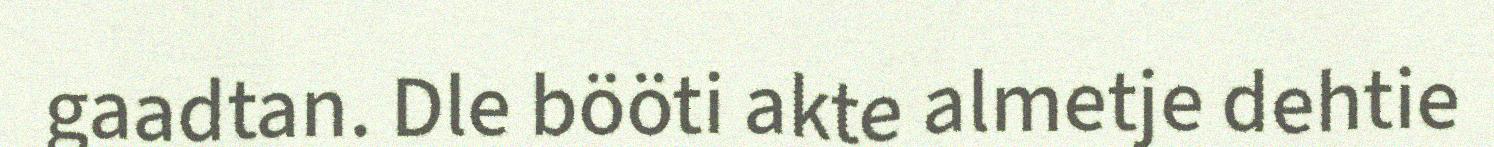
gaadtan. Dle bööti akte almetje dehtie